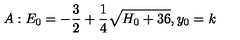
A : E _ { 0 } = - { \frac { 3 } { 2 } } + { \frac { 1 } { 4 } } \sqrt { H _ { 0 } + 3 6 } , y _ { 0 } = k